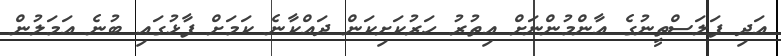
އަދި ފަލަސްތީނުގެ އާންމުންނަށް އިތުރު ހަރުކަށިކަން ދައްކާނެ ކަމަށް ފާޅުގައި ބުނެ އަމަލުން